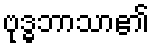
ဗုဒ္ဓဘာသာ၏